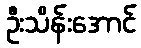
ဦးသိန်းအောင်